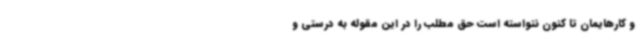
و کارهایمان تا کنون نتواسته است حق مطلب را در این مقوله به درستی و